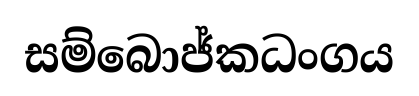
සම්බොජ්කධංගය